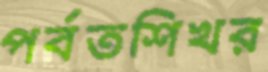
পর্বতশিখর